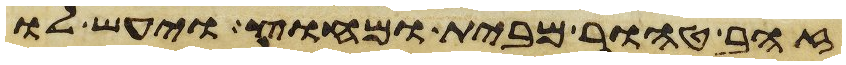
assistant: זהב טהור מבית ומחוץ ויעש לו